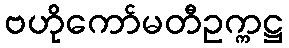
ဗဟိုကော်မတီဥက္ကဋ္ဌ